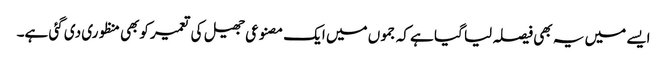
ایسے میں یہ بھی فیصلہ لیا گیا ہے کہ جموں میں ایک مصنوعی جھیل کی تعمیر کوبھی منظوری دی گئی ہے۔